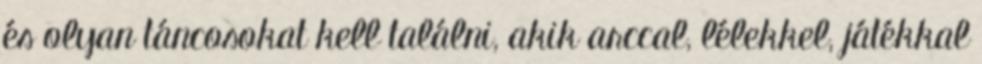
és olyan táncosokat kell találni, akik arccal, lélekkel, játékkal